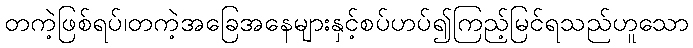
တကဲ့ဖြစ်ရပ်၊တကဲ့အခြေအနေများနှင့်စပ်ဟပ်၍ကြည့်မြင်ရသည်ဟူသော